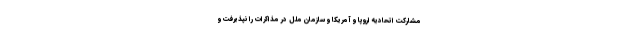
مشارکت اتحادیه اروپا و آمریکا و سازمان ملل در مذاکرات را نپذیرفت و